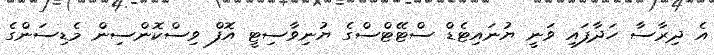
އެ ދިރާސާ ހަދާފައި ވަނީ ޔުނައިޓެޑް ސްޓޭޓްސްގެ ޔުނިވާސިޓީ އޮފް ވިސްކޮންސިން މެޑިސަންގެ